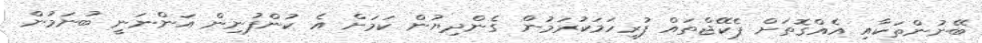
ބޭނުންތަކާއި އެއްގޮތަށް ޕެކޭޖްތައް ފުރިހަމަކުރަމުން ގެންދިޔުން ކަމަށް އެ ކުންފުނިން އަންނަނީ ބުނަމުން